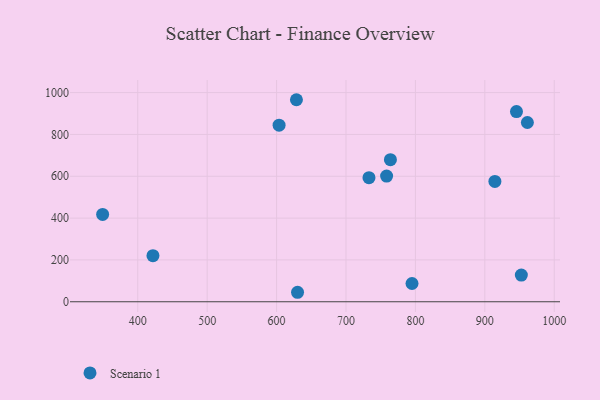
{"axis": {"x": "Ad Spend", "y": "Salary"}, "legend": ["Scenario 1"], "data": [{"x": "795.1", "y": 87.2, "type": "Scenario 1"}, {"x": "349.4", "y": 417.4, "type": "Scenario 1"}, {"x": "628.6", "y": 966.0, "type": "Scenario 1"}, {"x": "603.6", "y": 844.4, "type": "Scenario 1"}, {"x": "764.0", "y": 679.4, "type": "Scenario 1"}, {"x": "733.1", "y": 593.4, "type": "Scenario 1"}, {"x": "758.5", "y": 600.8, "type": "Scenario 1"}, {"x": "914.5", "y": 575.4, "type": "Scenario 1"}, {"x": "630.2", "y": 45.3, "type": "Scenario 1"}, {"x": "961.3", "y": 857.2, "type": "Scenario 1"}, {"x": "952.6", "y": 127.7, "type": "Scenario 1"}, {"x": "421.9", "y": 220.3, "type": "Scenario 1"}, {"x": "945.6", "y": 909.3, "type": "Scenario 1"}]}